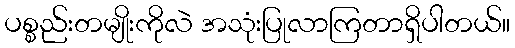
ပစ္စည်းတမျိုးကိုလဲ အသုံးပြုလာကြတာရှိပါတယ်။